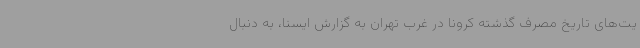
یت‌های تاریخ مصرف گذشته کرونا در غرب تهران به گزارش ایسنا، به دنبال